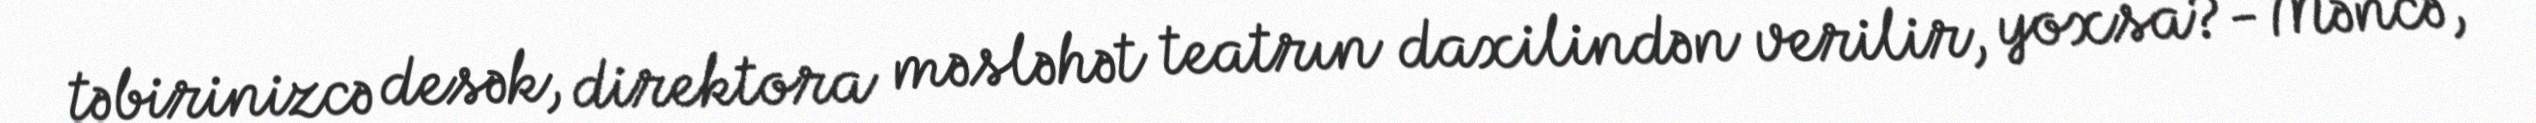
təbirinizcə desək, direktora məsləhət teatrın daxilindən verilir, yoxsa?- Məncə,